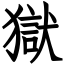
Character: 獄